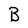
Character: B